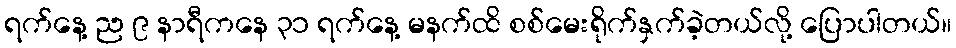
ရက်နေ့ ည ၉ နာရီကနေ ၃၁ ရက်နေ့ မနက်ထိ စစ်မေးရိုက်နှက်ခဲ့တယ်လို့ ပြောပါတယ်။